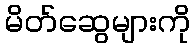
မိတ်ဆွေများကို